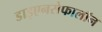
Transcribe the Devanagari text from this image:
डाइएनसेफालॉन